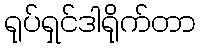
ရုပ်ရှင်ဒါရိုက်တာ